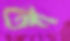
তন